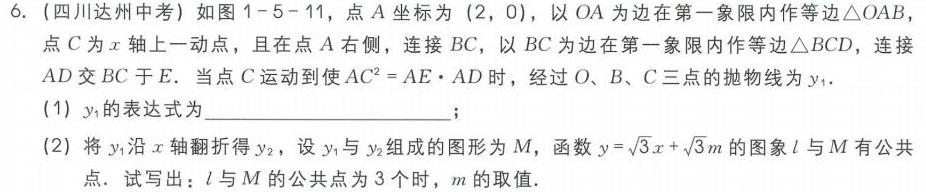
6. (四川达州中考) 如图1 - 5 - 11，点\(A\)坐标为\((2,0)\)，以\(OA\)为边在第一象限内作等边\(\triangle OAB\)，点\(C\)为\(x\)轴上一动点，且在点\(A\)右侧，连接\(BC\)，以\(BC\)为边在第一象限内作等边\(\triangle BCD\)，连接\(AD\)交\(BC\)于\(E\)。当点\(C\)运动到使\(AC^{2}=AE\cdot AD\)时，经过\(O\)、\(B\)、\(C\)三点的抛物线为\(y_{1}\)。
(1) \(y_{1}\)的表达式为  ；
(2) 将\(y_{1}\)沿\(x\)轴翻折得\(y_{2}\)，设\(y_{1}\)与\(y_{2}\)组成的图形为\(M\)，函数\(y = \sqrt{3}x+\sqrt{3}m\)的图象\(l\)与\(M\)有公共点。试写出：\(l\)与\(M\)的公共点为\(3\)个时，\(m\)的取值.